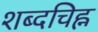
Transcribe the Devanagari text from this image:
शब्दचिह्न